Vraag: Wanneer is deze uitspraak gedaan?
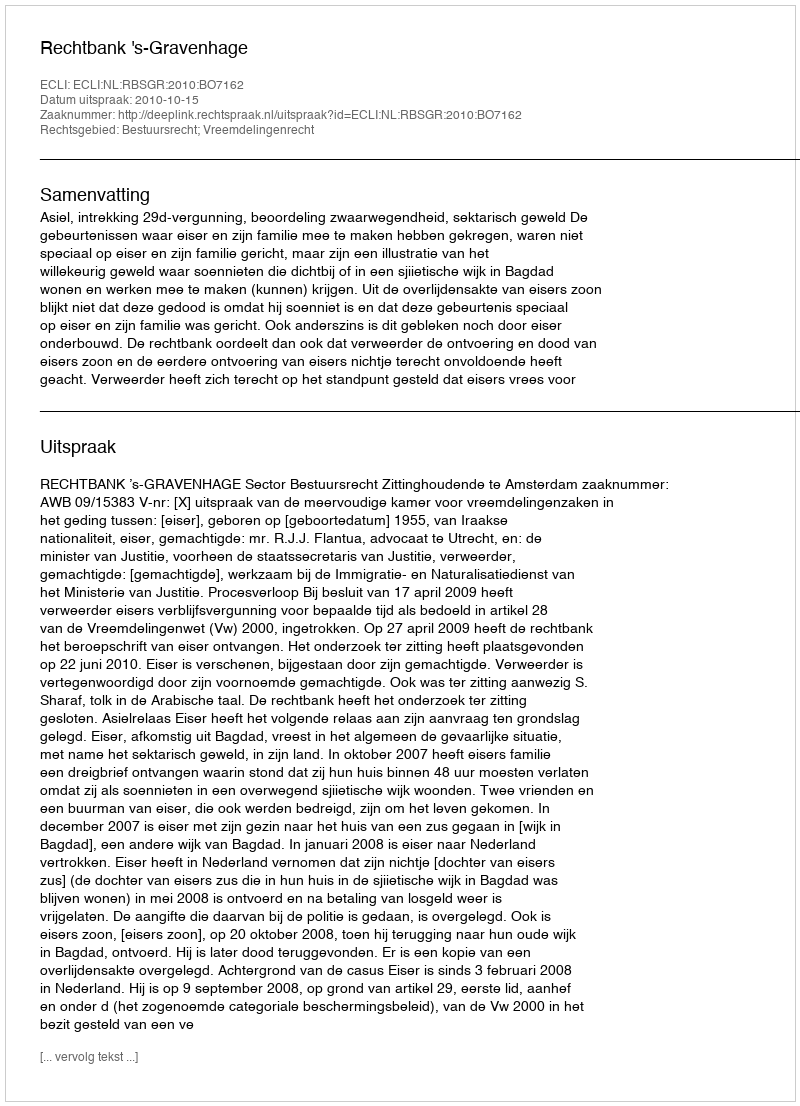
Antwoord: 2010-10-15